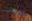
لوكنت